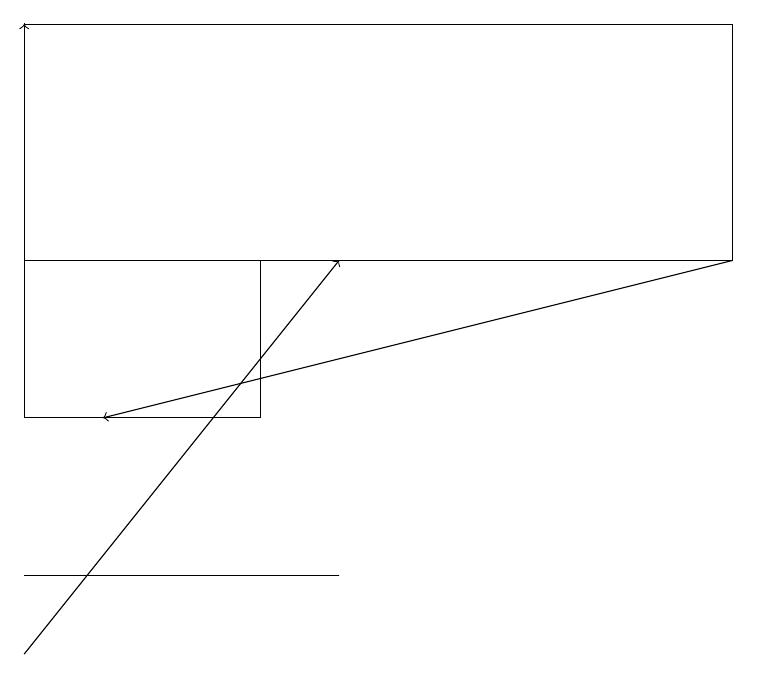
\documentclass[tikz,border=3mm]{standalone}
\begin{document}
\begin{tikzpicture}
\draw (0,12) rectangle (4,12);
\draw[->] (0,11) -- (4,16);
\draw (9,16) rectangle (0,19);
\draw (3,16) rectangle (0,14);
\draw[->] (9,16) -- (1,14);
\draw[->] (0,19) -- (0,19);
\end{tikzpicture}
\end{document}